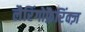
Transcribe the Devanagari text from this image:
लैरिंगोफ़ैरिंक्ज़